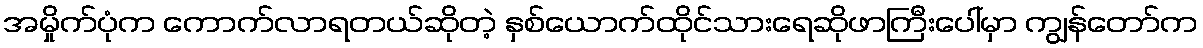
အမှိုက်ပုံက ကောက်လာရတယ်ဆိုတဲ့ နှစ်ယောက်ထိုင်သားရေဆိုဖာကြီးပေါ်မှာ ကျွန်တော်က